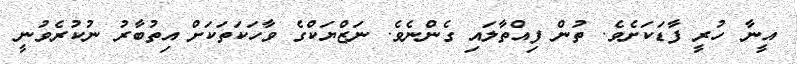
އީނާ ހުރީ ފާޑަކަށެވެ. ތުން ފިއްތާލައި ގެންނެވެ. ނަޒްޔަކްގެ ވާހަކަތަކަށް އިތުބާރު ނުކުރެވުނީ